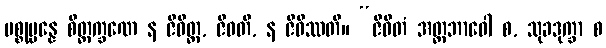
ပစ္စုပ္ပန္နေ စိတ္တက္ခဏေ န ဇီဝိတ္ထ, ဇီဝတိ, န ဇီဝိဿတိ။ “ဇီဝိတံ အတ္တဘာဝေါ စ, သုခဒုက္ခာ စ